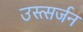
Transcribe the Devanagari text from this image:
उस्त्सर्जन